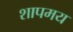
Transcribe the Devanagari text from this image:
शापमय